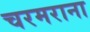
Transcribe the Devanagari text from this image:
चरमराना